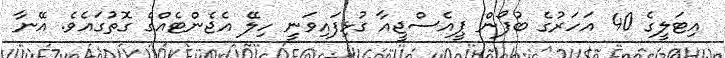
އިޓަލީގެ 40 އަހަރުގެ ބުފޯން ޕީއެސްޖީއާ ގުޅިފައިވަނީ ހިލޭ އެޖެންޓެއްގެ ގޮތުގައެވެ. އޭނާ